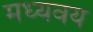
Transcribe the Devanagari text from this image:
मध्यवय